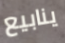
ينابيع